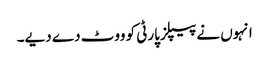
انہوں نے پیپلزپارٹی کو ووٹ دے دیے۔